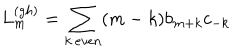
L _ { m } ^ { ( g h ) } = \sum _ { k : e v e n } ( m - k ) b _ { m + k } c _ { - k }